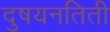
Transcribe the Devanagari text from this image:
दुषयनतिती